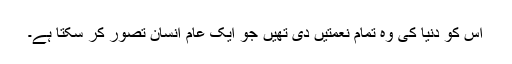
اس کو دنیا کی وہ تمام نعمتیں دی تھیں جو ایک عام انسان تصور کر سکتا ہے۔